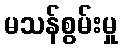
မသန်စွမ်းမှု